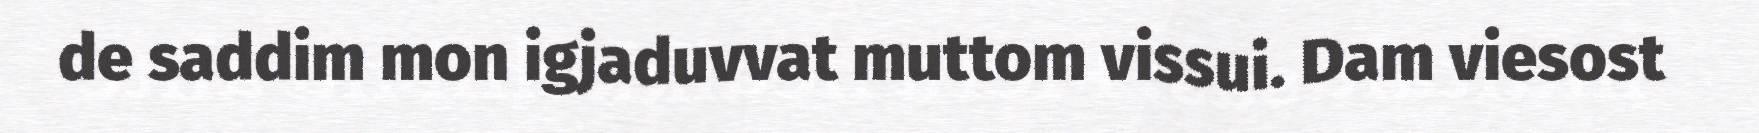
de saddim mon igjaduvvat muttom vissui. Dam viesost